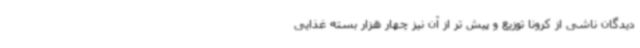
دیدگان ناشی از کرونا توزیع و پیش تر از آن نیز چهار هزار بسته غذایی